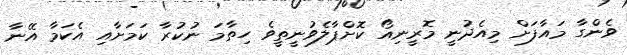
ވެންގާ މައާފަށް މިއެދުނީ މޮރީނިއޯ ކޮށްޕާލެވުނީތީވެ ހިތާމަ ނުކުރާ ކަމަށާއި އެކަމާ އޭނާ